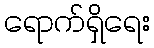
ရောက်ရှိရေး